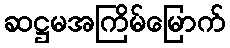
ဆဋ္ဌမအကြိမ်မြောက်